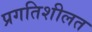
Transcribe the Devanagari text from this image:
प्रगतिशीलत